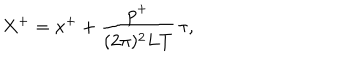
X ^ { + } = x ^ { + } + \frac { p ^ { + } } { ( 2 \pi ) ^ { 2 } L T } \, \tau ,